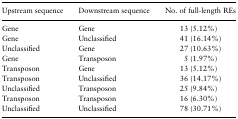
| Upstream sequence | Downstream sequence | No. of full-length REs |
 | --- | --- | --- |
 | Gene | Gene | 13 (5.12%) |
 | Gene | Unclassified | 41 (16.14%) |
 | Unclassified | Gene | 27 (10.63%) |
 | Gene | Transposon | 5 (1.97%) |
 | Transposon | Gene | 13 (5.12%) |
 | Transposon | Unclassified | 36 (14.17%) |
 | Unclassified | Transposon | 25 (9.84%) |
 | Transposon | Transposon | 16 (6.30%) |
 | Unclassified | Unclassified | 78 (30.71%) |